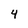
Character: 4